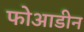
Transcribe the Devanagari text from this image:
फोआडीन